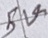
Text: 5V